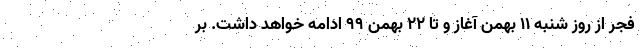
فجر از روز شنبه 11 بهمن آغاز و تا 22 بهمن 99 ادامه خواهد داشت. بر